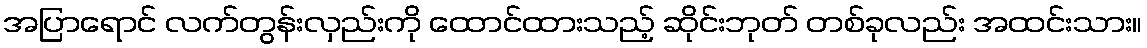
အပြာရောင် လက်တွန်းလှည်းကို ထောင်ထားသည့် ဆိုင်းဘုတ် တစ်ခုလည်း အထင်းသား။